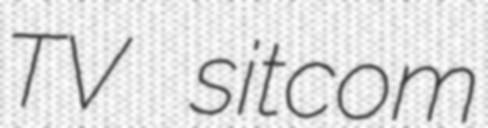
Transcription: TV sitcom